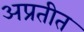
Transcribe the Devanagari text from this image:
अप्रतीत